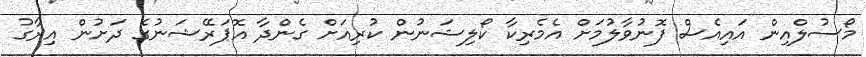
މޯސުލްއިން އައިއެސް ފޮނުވާލުމަށް އެމެރިކާ ކޯލިޝަނުން ކުރިއަށް ގެންދާ އޮޕަރޭޝަނުގެ ދަށުން އިރާގު